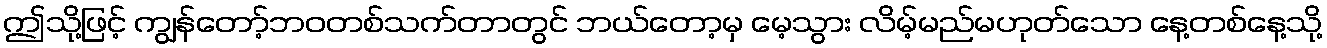
ဤသို့ဖြင့် ကျွန်တော့်ဘဝတစ်သက်တာတွင် ဘယ်တော့မှ မေ့သွား လိမ့်မည်မဟုတ်သော နေ့တစ်နေ့သို့